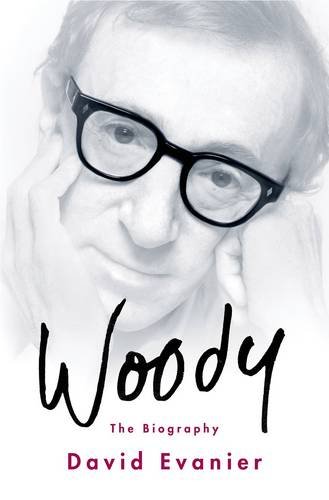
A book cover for Woody: The Biography; David Evanier; Biographies & Memoirs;